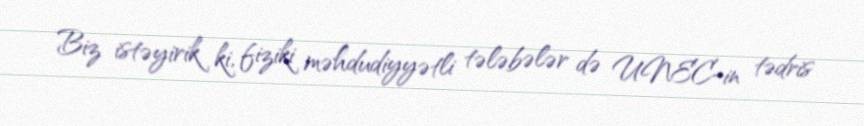
Biz istəyirik ki, fiziki məhdudiyyətli tələbələr də UNEC-in tədris